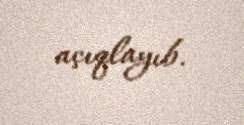
açıqlayıb.